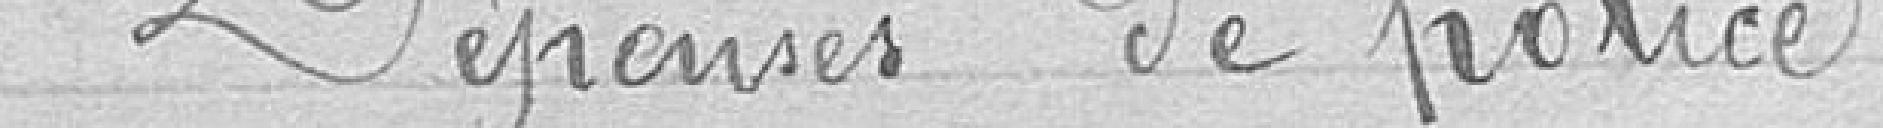
Dépenses de police